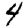
Digit: 4